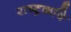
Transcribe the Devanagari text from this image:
राष्‍ट्रकवि